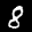
Label: 8